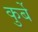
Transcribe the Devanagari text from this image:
कुर्बे